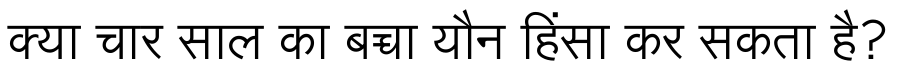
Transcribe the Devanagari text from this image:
क्या चार साल का बच्चा यौन हिंसा कर सकता है?